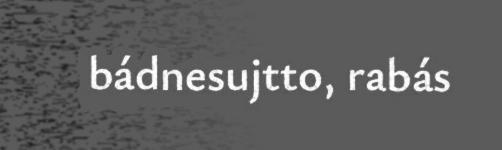
bádnesujtto, rabás